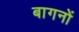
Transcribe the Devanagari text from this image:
बागनों